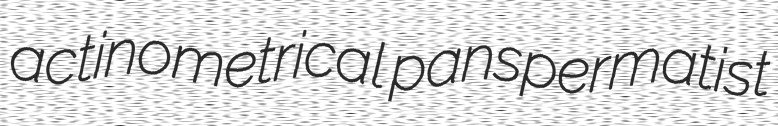
actinometrical panspermatist